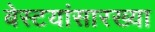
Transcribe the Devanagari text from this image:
बेस्टयांसारख्या